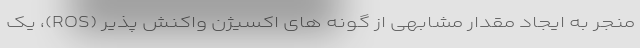
منجر به ایجاد مقدار مشابهی از گونه های اکسیژن واکنش پذیر (ROS)، یک